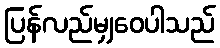
ပြန်လည်မျှဝေပါသည်